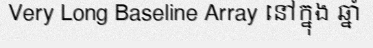
Very Long Baseline Array នៅក្នុង ឆ្នាំ